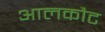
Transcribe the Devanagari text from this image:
आलकौट